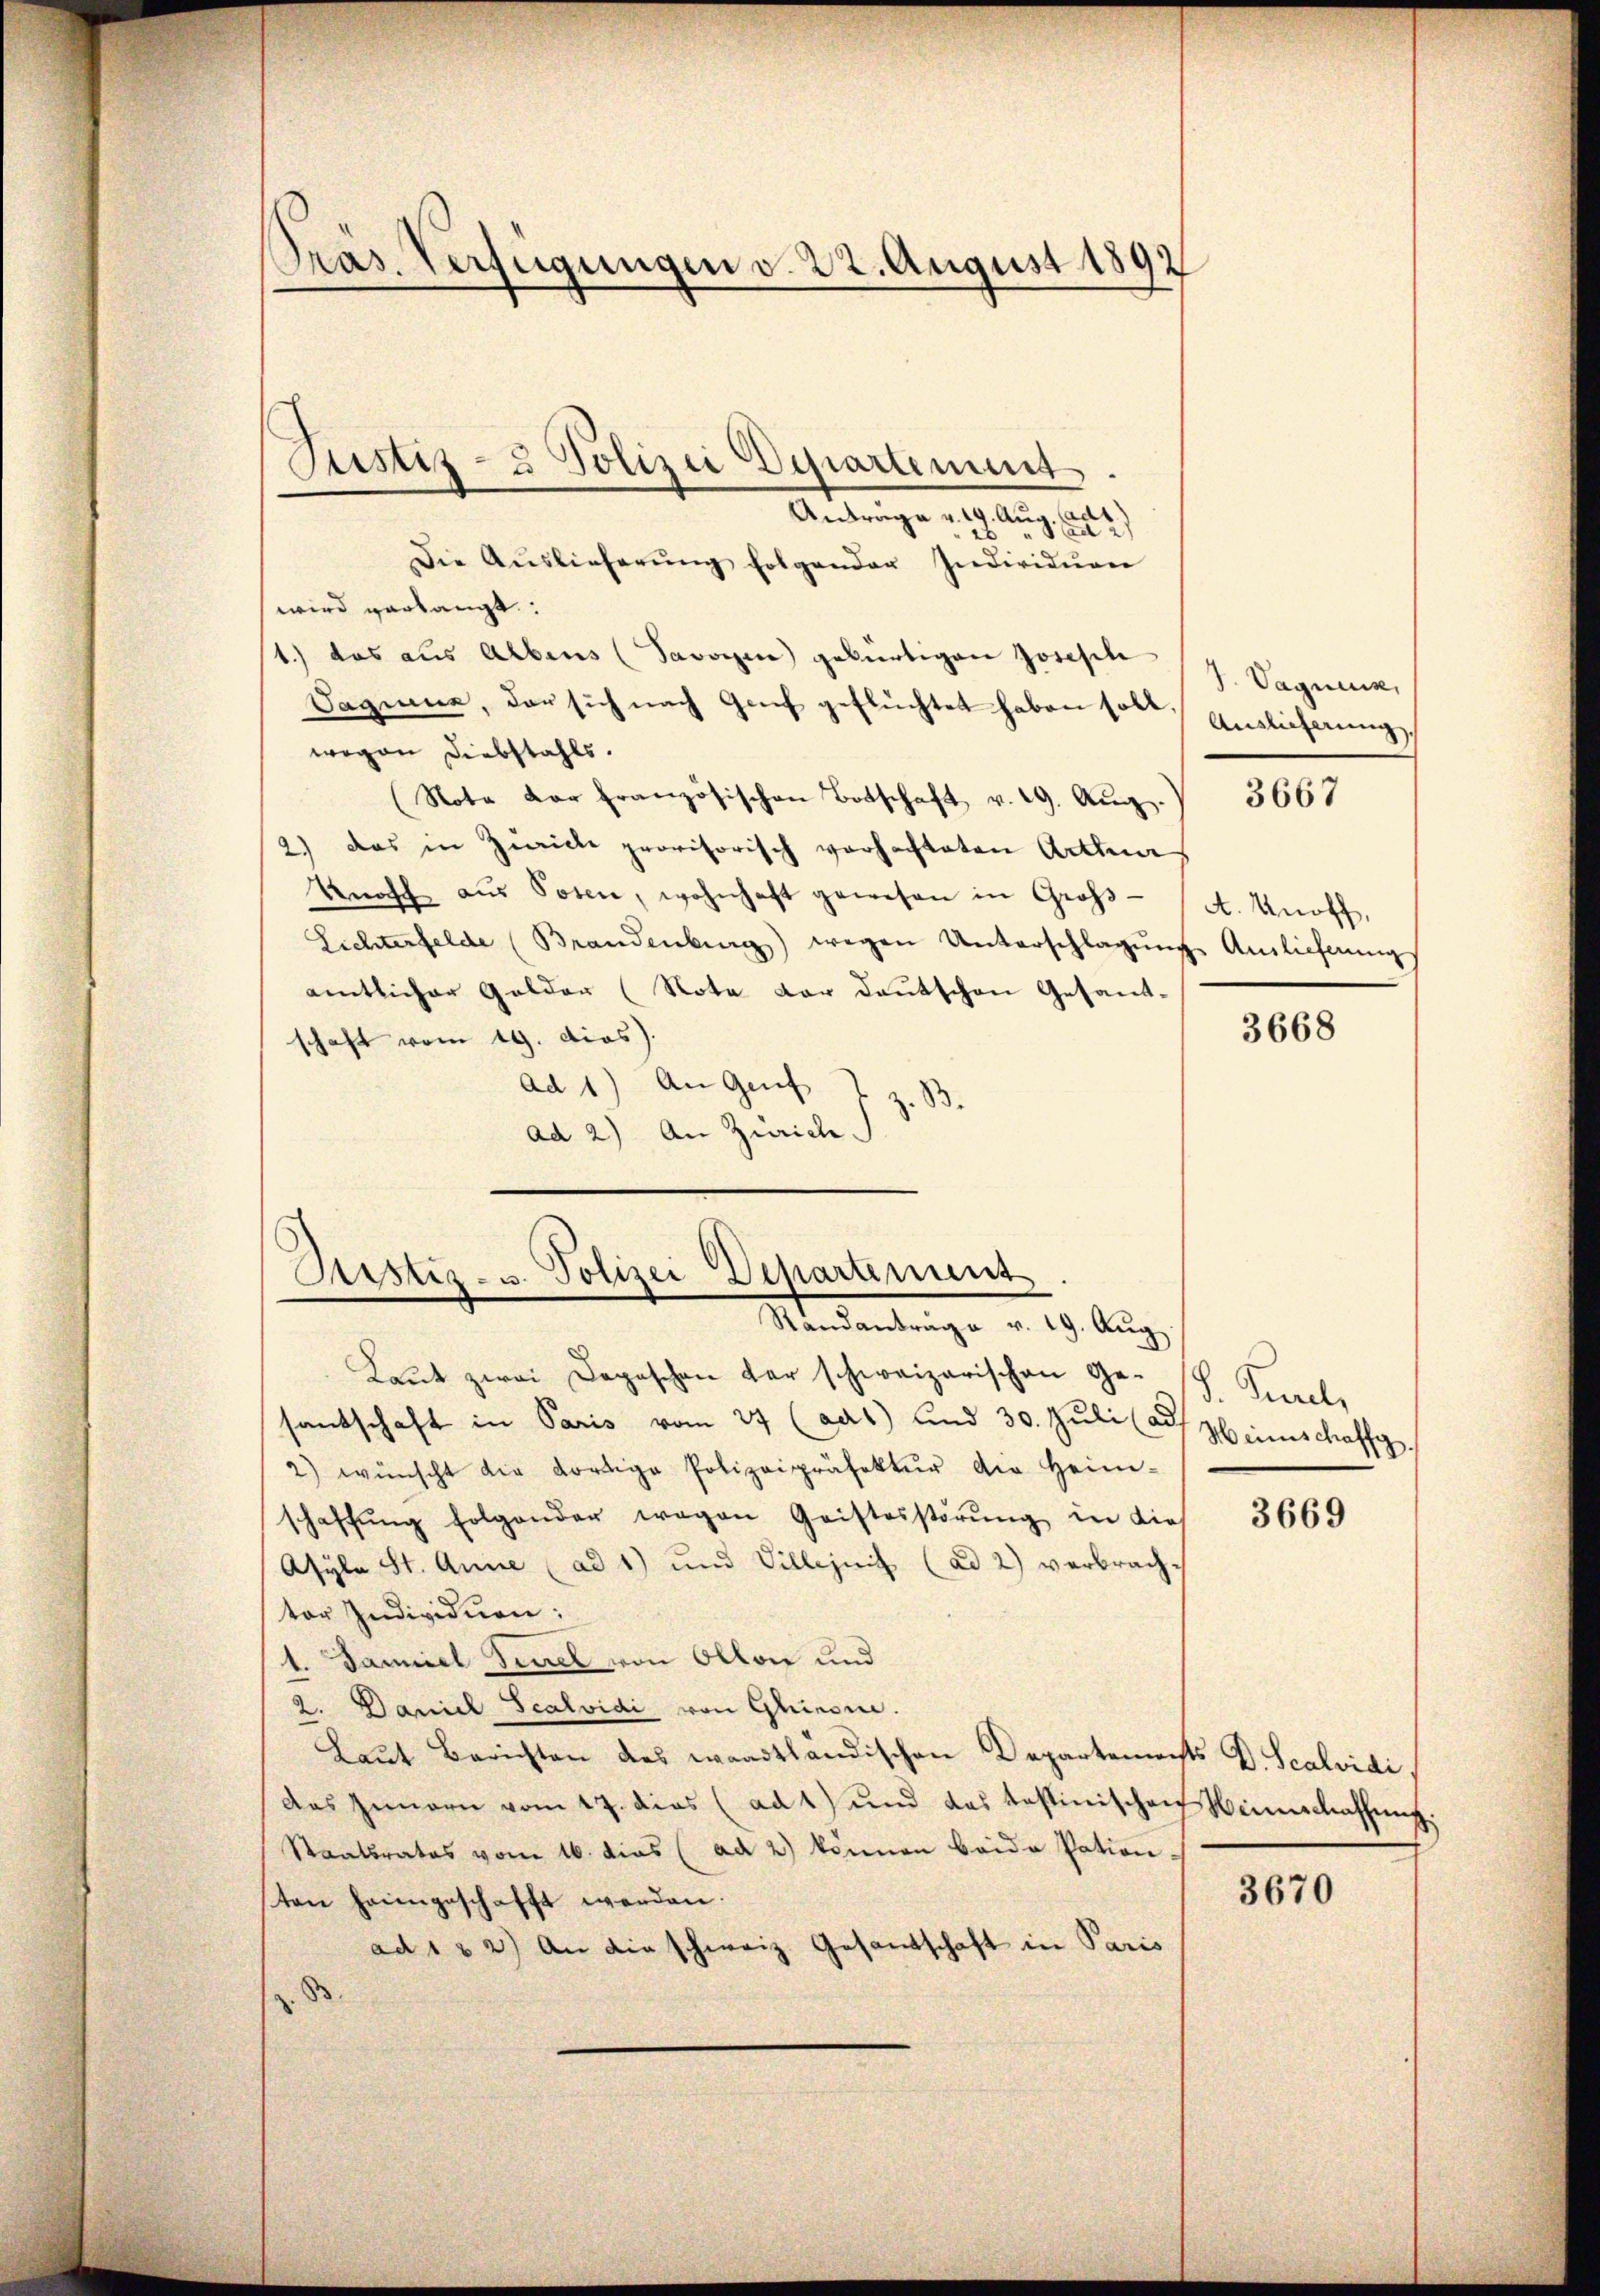
Pras. Verfügungen v. 22. August 1892

Antrage v. 19. Aug. 142)
Die Aŭslieferŭng folgender Individuen
wird verlangt:
1.) das aus Albers (Savoyen gebürtigen Josesch
Dagine, der sich nach Genf geflüchtet haben soll. Endlicherung
wegen Diebstahls.
(Nota der französischen Botschaft v. 19. Aŭg.
2.) Das in Zwicke provisorisch vorhachteten Actuar
Knasch aŭs Posen, wohnhaft gewesen in Groß-
Lichterfelde (Brandenburg wegen Unterschlagung Auslieferung
amtlicher Gelder (Note dar Deutschen Gesamt-
schaft vom 19. dies).
ad 1) An Genf
ad 2) An Zürich S.

Justiz- & Polizei Departement

Justiz- u. Polizei Departement
Randantrage v. 19. Aŭg.

Laŭt zwei Depeschen der schweizerischen Ge-
santschaft in Paris vom 27 (aas) und 30. Juli (ad
2) wünscht die dortige Polizeipräfektur die Heim-
schaffŭng folgender wegen Geistesstörŭng in dies
Asyle St. Anne (ad 1) und Billezeit (ad 2) verbracht
ter Individuen:
1. Daniel Simel von Ollon und
2. Daniel Scalvidi von Glinoire.
Laŭt Berichten des waadtländischen Departements D. Scalvidi
das Innern vom 17. dies (ad 1) und das testinischen Weinschaffung.
Staatsrates vom 16. dies (ad 2) können beide Pationsten heimgeschafft werden.
ad 1 & 2) An die schweiz. Gesantschaft in Paris

J. Vagnes,

3667

A. Knoff,

3668

. Purde,
Heinschaff
.

3669

3670